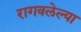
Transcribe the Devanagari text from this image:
रागवलेल्या